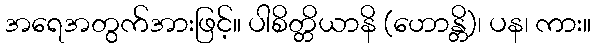
အရေအတွက်အားဖြင့်။ ပါစိတ္တိယာနိ (ဟောန္တိ)၊ ပန၊ ကား။